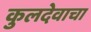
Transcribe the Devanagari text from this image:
कुलदेवाचा